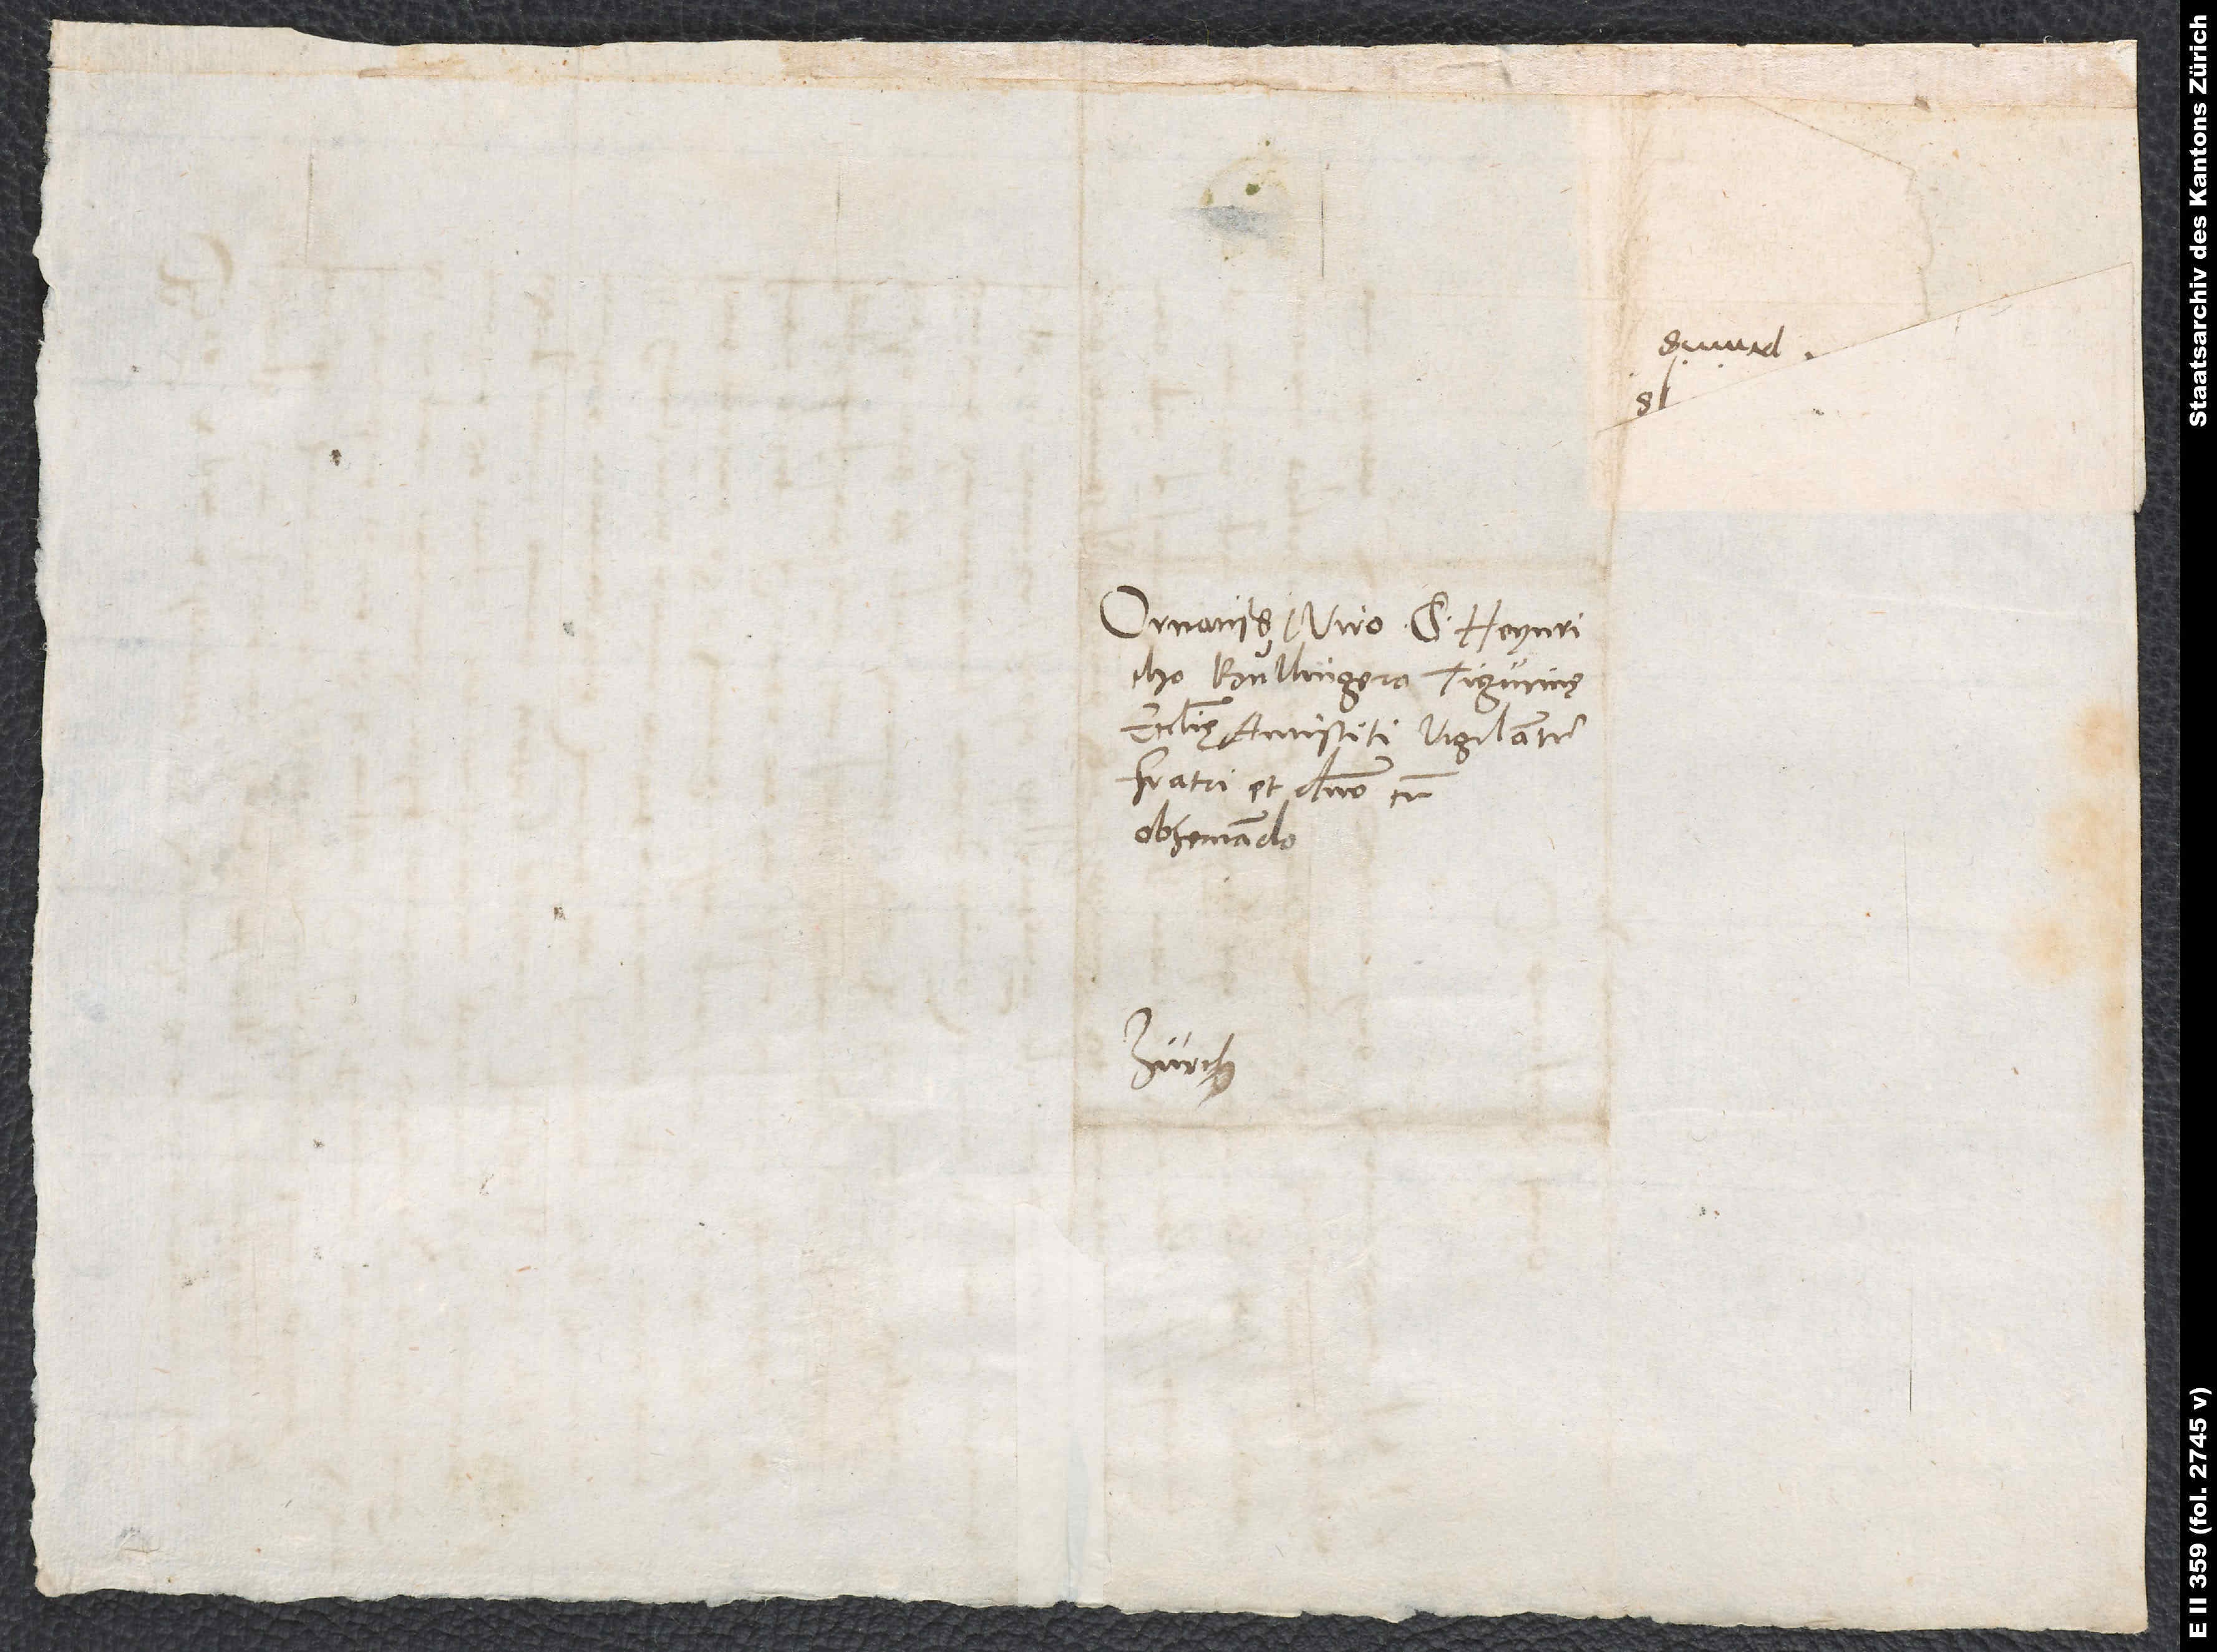
Bullingero, Tigurinę
ecclesię antistiti vigilantissimo,
fratri et domino cum
observando.
Zürich.